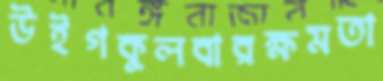
উইগকুলবারক্ষমতা